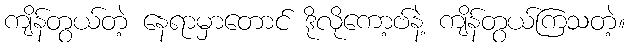
ကျိန်တွယ်တဲ့ နေရာမှာတောင် ဒိုလိုကော့ဗ်နဲ့ ကျိန်တွယ်ကြသတဲ့။